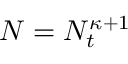
N = N _ { t } ^ { \kappa + 1 }